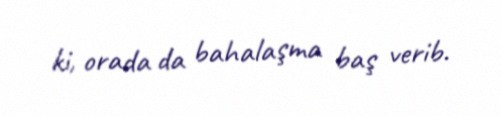
ki, orada da bahalaşma baş verib.